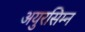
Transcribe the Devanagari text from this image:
अयुरसिम्न